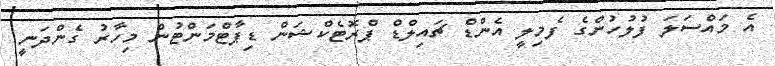
އެ މައްސަލަ ފުލުހުންގެ ފެމިލީ އެންޑް ޗައިލްޑް ޕްރޮޓެކްޝަން ޑިޕާޓްމަންޓުން މިހާރު ގެންދަނީ